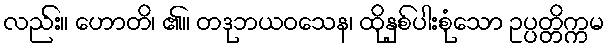
လည်း။ ဟောတိ၊ ၏။ တဒုဘယဝသေန၊ ထိုနှစ်ပါးစုံသော ဥပ္ပတ္တိက္ကမ